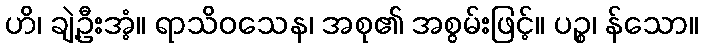
ဟိ၊ ချဲ့ဦးအံ့။ ရာသိဝသေန၊ အစု၏ အစွမ်းဖြင့်။ ပဉ္စ၊ န်သော။